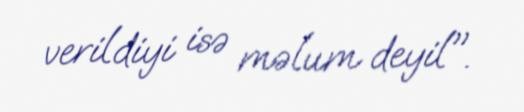
verildiyi isə məlum deyil".